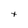
Character: t